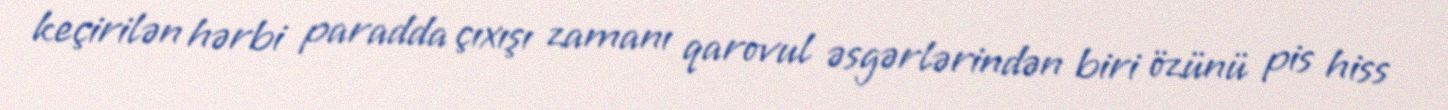
keçirilən hərbi paradda çıxışı zamanı qarovul əsgərlərindən biri özünü pis hiss